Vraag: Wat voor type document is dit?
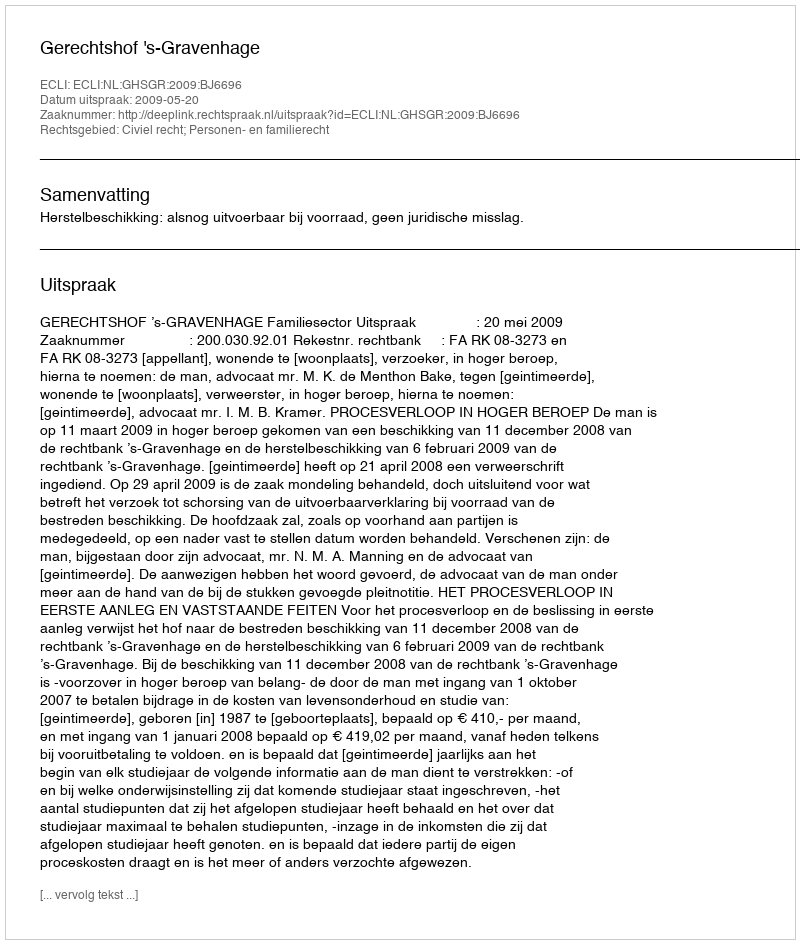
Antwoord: Uitspraak